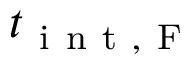
t _ { \mathrm { ~ i ~ n ~ t ~ , ~ F ~ } }